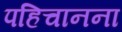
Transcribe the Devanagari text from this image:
पहिचानना